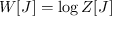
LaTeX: W [ J ] = \log Z [ J ]